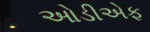
ઓડીએફ